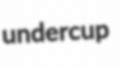
undercup